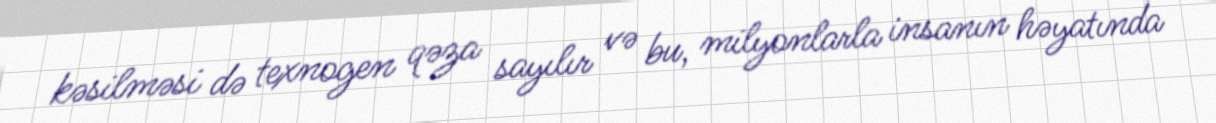
kəsilməsi də texnogen qəza sayılır və bu, milyonlarla insanın həyatında